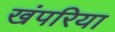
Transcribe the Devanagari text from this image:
खंपरिया